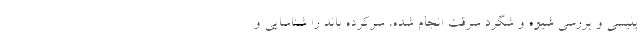
پلیسی و بررسی شیوه و شگرد سرقت انجام شده، سرکرده باند را شناسایی و